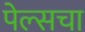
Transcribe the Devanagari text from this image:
पेल्सचा